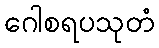
ဂေါစရပသုတံ